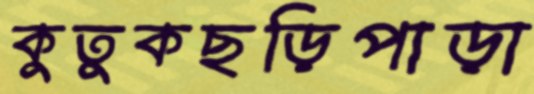
কুতুকছড়িপাড়া